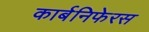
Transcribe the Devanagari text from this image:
कार्बनिफेरस